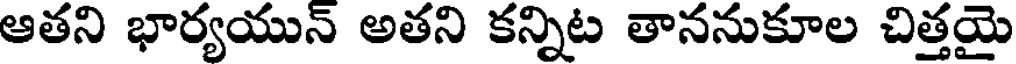
ఆతని భార్యయున్ అతని కన్నిట తాననుకూల చిత్తయై